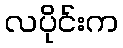
လပိုင်းက